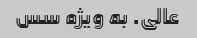
عالی. به ویژه سس